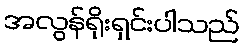
အလွန်ရိုးရှင်းပါသည်